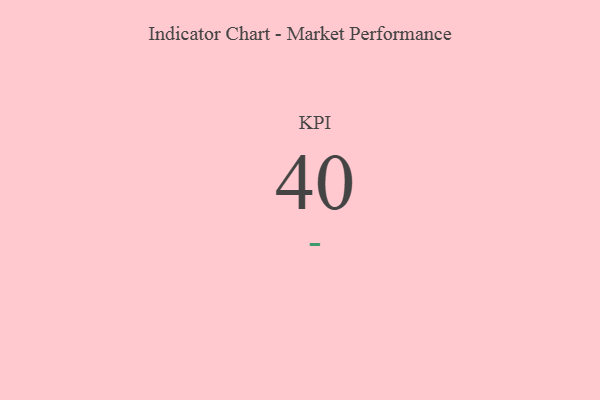
{"axis": {"x": "KPI", "y": "Value"}, "legend": [""], "data": [{"x": "KPI", "y": 40, "type": ""}]}